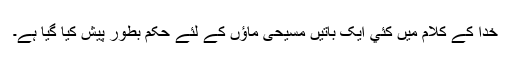
خدا کے کلام میں کئي ایک باتیں مسیحی ماؤں کے لئے حکم بطور پیش کیا گیا ہے۔